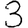
Digit: 3